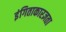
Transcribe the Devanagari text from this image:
इंगिताकारज्ञता